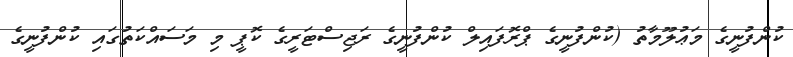
ކުންފުނީގެ މަޢުލޫމާތު (ކުންފުނީގެ ޕްރޮފައިލް ކުންފުނީގެ ރަޖިސްޓަރީގެ ކޮޕީ މި މަސައްކަތުގައި ކުންފުނީގެ